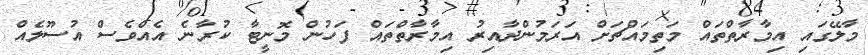
މާލޭގައި އިމާރާތްތަައް މަތިމައްޗަށް އަރަމުންދާއިރު އިމާރާތްތައް ފަހުން މޮނީޓާ ކުރާނެ އެއްވެސް އުސޫލެއް